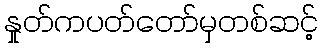
နှုတ်ကပတ်တော်မှတစ်ဆင့်